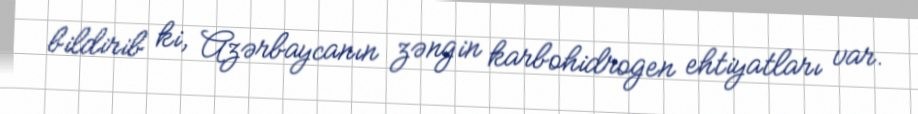
bildirib ki, Azərbaycanın zəngin karbohidrogen ehtiyatları var.